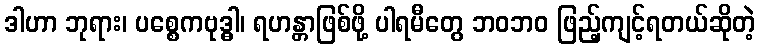
ဒါဟာ ဘုရား၊ ပစ္စေကဗုဒ္ဓါ၊ ရဟန္တာဖြစ်ဖို့ ပါရမီတွေ ဘဝဘဝ ဖြည့်ကျင့်ရတယ်ဆိုတဲ့